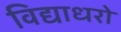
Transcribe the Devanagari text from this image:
विद्याधरो